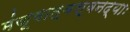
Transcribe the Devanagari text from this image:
मंजूषात्वश्वनद्याः